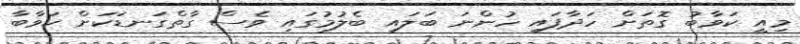
މިއީ ކަވާބު ގޮތަށް ހަދާފައި ހުންނަ ބަލައި ބެލުމުގައި ވެސް ގާތްގަނޑަކަށް ކަވާބާ